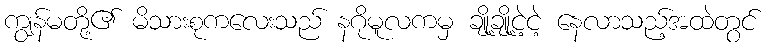
ကျွန်မတို့၏ မိသားစုကလေးသည် နဂိုမူလကမှ ချို့ချို့ငဲ့ငဲ့ နေလာသည့်အထဲတွင်